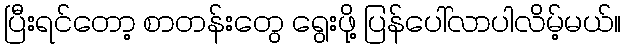
ပြီးရင်တော့ စာတန်းတွေ ရွေးဖို့ ပြန်ပေါ်လာပါလိမ့်မယ်။